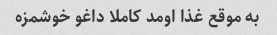
به موقع غذا اومد کاملا داغو خوشمزه